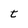
Character: t